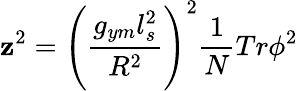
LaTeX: \mathbf{z}^{2}=\left({\frac{{g_{ym}l_{s}^{2}}}{{R^{2}}}}\right)^{2}{\frac{{1}}{{N}}}Tr{\phi}^{2}